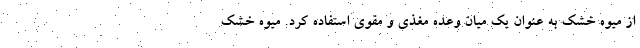
از میوه خشک به عنوان یک میان وعده مغذی و مقوی استفاده کرد. میوه خشک